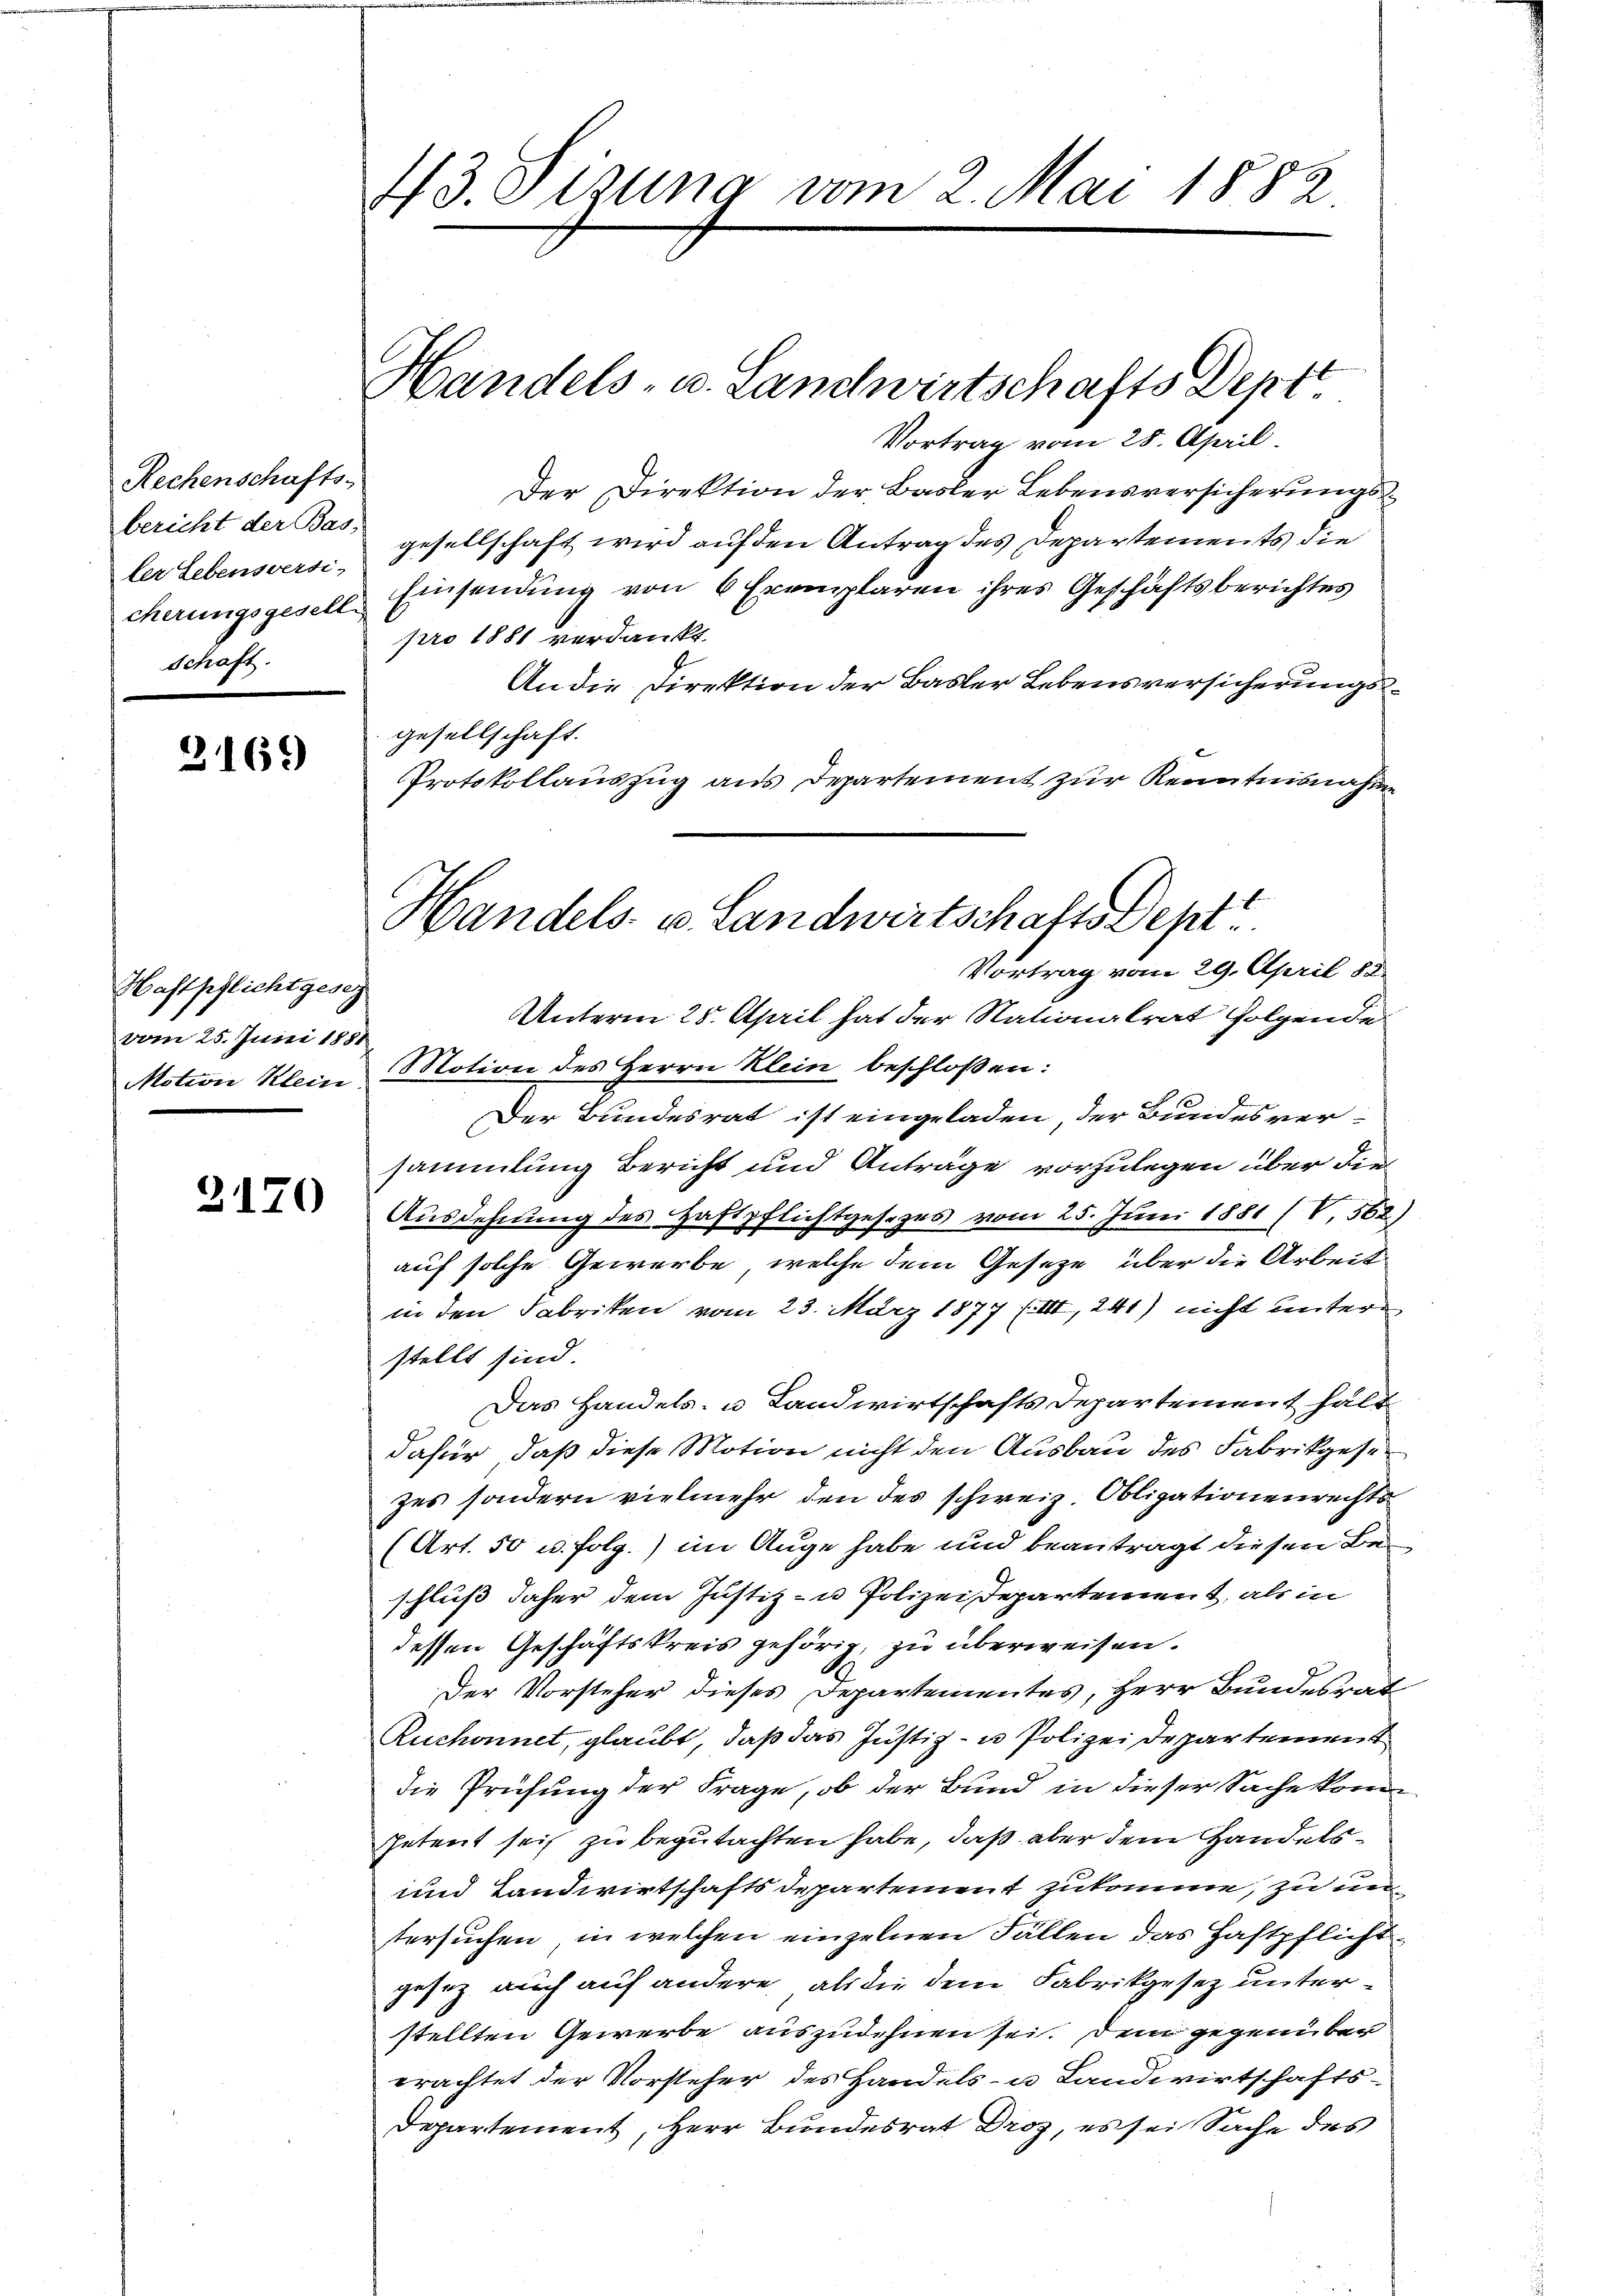
Rechenschafts-
bericht der Bas,
ler Lebensversi-
cherungsgeselle
Schaft.

2169

Haftpflicht geseg
vom 25. Juni 1881
Motion Klein

2170

43. Sizung vom 2. Mai 1882

Handels- u. Landwirtschafts Deptt
Vortrag vom 28. April.
Der Direktion der Basler Lebensversicherungsgesellschaft wird auf den Antrag des Departements die
Einsendung von 6 Exemplaren ihres Geschäftsberichtes
pro 1881 verdankt.
An die Direktion der Basler Lebensversicherungsgesellschaft.
Protokollauszug aus Departement zur Kenntnisnahme
Motion des Herrn Klein beschloßen:
Der Bundesrat ist eingeladen, der Bundes versammlung Bericht und Anträge vorzulegen über die
Ausdehnung des Haftpflichtgesezes vom 25. Juni 1881 (V. 562)
auf solche Gewerbe, welche dem Geseze, über die Arbeit
in den Fabriken vom 23. März 1877 (II, 241) nicht unter
stellt sind.
Das Handels- u. Landwirtschafts Departement hält
dafür, daß diese Motion nicht den Ausbau des Fabrikgesezes sondern vielmehr den des schweiz. Obligationenrechts
(Art. 50 u. folg.) im Auge habe und beantragt diesen Beschluß daher dem Justiz- u Polizeidepartement, als in
dessen Geschäftskreis gehörig, zu überweisen.
Der Vorsteher dieses Departementes, Herr Bundesrat
Ruchonnet, glaubt, daß das Justiz- u Polizei Departement
die Prüfung der Frage, ob der Bund in dieser Sache kompetent sei zu begutachten habe, daß aber dem Handels¬
und Landwirtschaftsdepartement zukomme, zu un
stersuchen, in welchen einzelnen Fällen das Haftpflichtgesetz auch auf andere, als die dem Fabrikgesez unterstellten Gewerbe auszudehnen sei. Dem gegenüber
erachtet der Vorsteher des Handels- u Landwirtschafts-
Departement, Herr Bundesrat Droz, es sei Sache des

Handels- u. Landwirtschafts Dept
Vortrag vom 29. April 88
Unterm 25. April hat der Nationalrat folgende